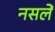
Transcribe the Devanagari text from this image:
नसलें